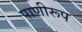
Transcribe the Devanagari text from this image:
पाणीरूप